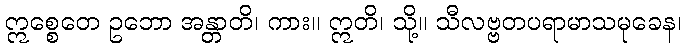
ဣစ္စေတေ ဥဘော အန္တာတိ၊ ကား။ ဣတိ၊ သို့။ သီလဗ္ဗတပရာမာသမုခေန၊